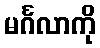
မင်္ဂလာကို